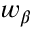
w _ { \beta }